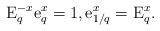
LaTeX: \begin{align*}{\rm{E}}_q^{ - x} {\rm{e}}_q^x = 1 , {\rm{e}}_{1/q}^x ={\rm{E}}_q^x.\end{align*}